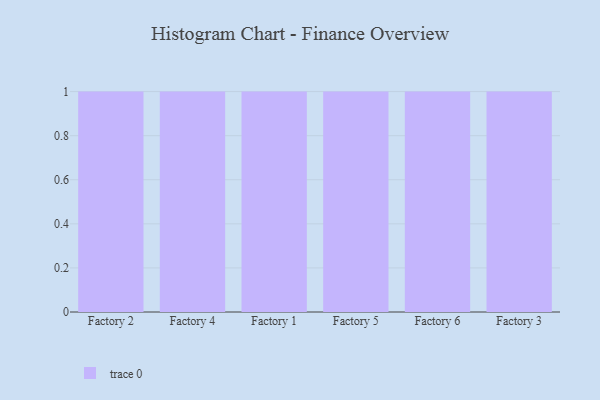
{"axis": {"x": "Factory", "y": "Tickets Resolved"}, "legend": [""], "data": [{"x": "Factory 2", "y": 89, "type": ""}, {"x": "Factory 4", "y": 28, "type": ""}, {"x": "Factory 1", "y": 27, "type": ""}, {"x": "Factory 5", "y": 23, "type": ""}, {"x": "Factory 6", "y": 66, "type": ""}, {"x": "Factory 3", "y": 83, "type": ""}]}